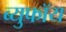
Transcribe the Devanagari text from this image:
ब्युफॉय